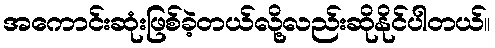
အကောင်းဆုံးဖြစ်ခဲ့တယ်လို့လည်းဆိုနိုင်ပါတယ်။